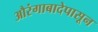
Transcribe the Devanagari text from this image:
औरंगाबादेपासून